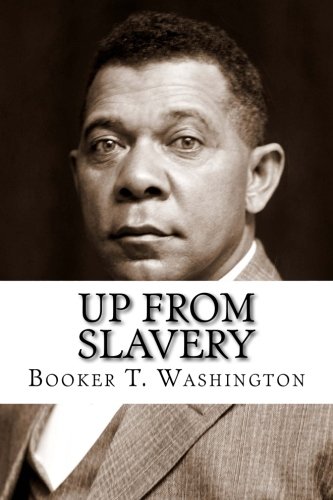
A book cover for Up From Slavery; Booker T. Washington; Literature & Fiction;